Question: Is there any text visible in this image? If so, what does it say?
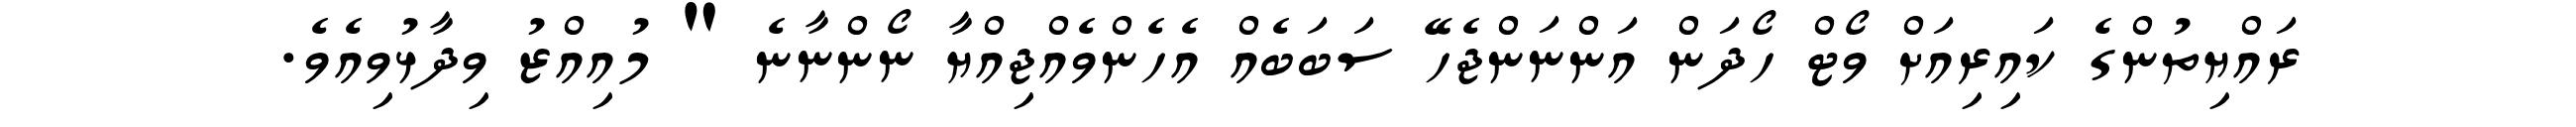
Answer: ރައްޔިތުންގެ ކައިރިއަށް ވޯޓް ހޯދަން އަންނަންޖެހޭ ސަބަބެއް އެހެންވެއްޖިއްޔާ ނޯންނާނެ " މުއިއްޒު ވިދާޅުވިއެވެ.